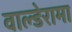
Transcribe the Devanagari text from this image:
वाल्डेरामा